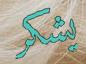
يشكر